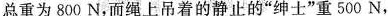
总重为800 N，而绳上吊着的静止的”绅士”重500 N，